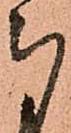
被